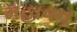
મહાવન